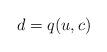
LaTeX: \begin{align*}d=q(u,c)\end{align*}